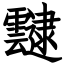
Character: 靆